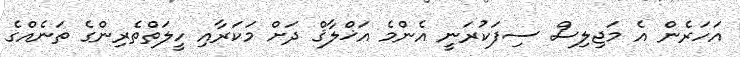
އަހަރެން އެ މަޖިލިސް ސިފަކުރަނީ އެންމެ އަޚްލާޤް ދަށް މަކަރާއި ހީލަތްތެރިންގެ ތަނެއްގެ